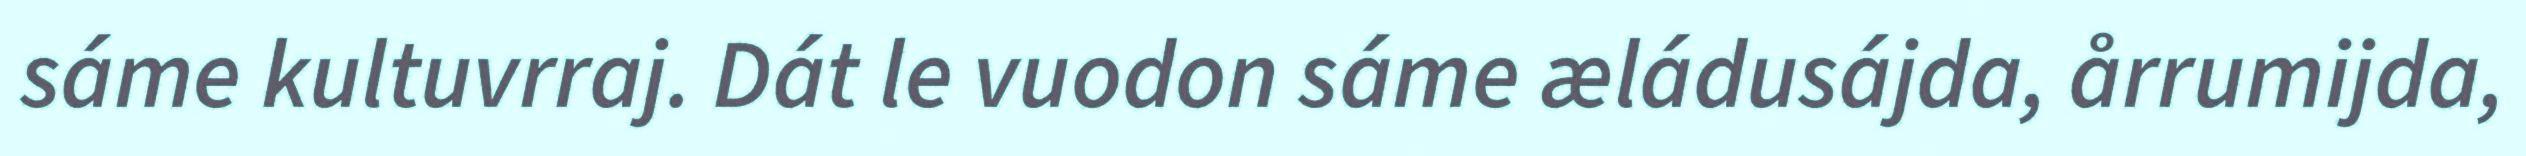
sáme kultuvrraj. Dát le vuodon sáme æládusájda, årrumijda,